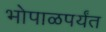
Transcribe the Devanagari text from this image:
भोपाळपर्यंत